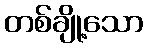
တစ်ချို့သော